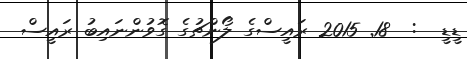
ޑީޑީ  :  18